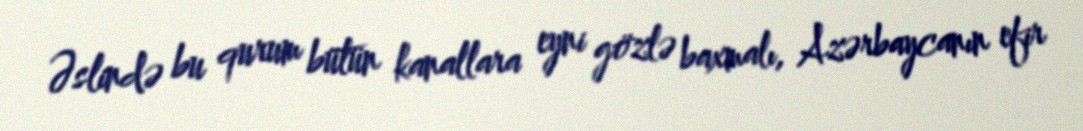
Əslində bu qurum bütün kanallara eyni gözlə baxmalı, Azərbaycanın efir